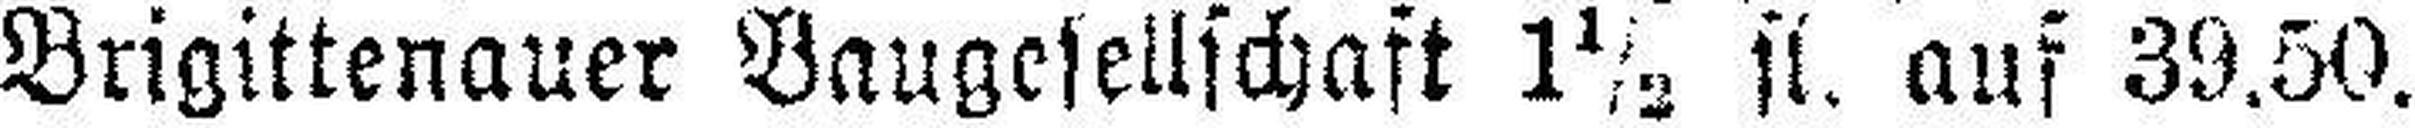
Brigittenauer Baugesellschaft 1½ fl. auf 39.50.